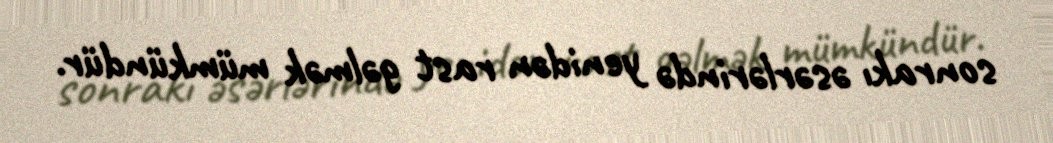
sonrakı əsərlərində yenidən rast gəlmək mümkündür.